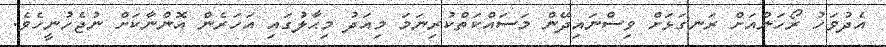
އެދުވަހު ރޯހަންއަށް ރަނގަޅަށް ވިސްނައިދޭން މަސައްކަތްކުރިނަމަ މިއަދު މިޙާލުގައި އަހަރެން އޮންނާކަށް ނުޖެހުނީހެވެ.